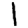
Digit: 1